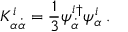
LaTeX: K _ { \alpha \dot { \alpha } } ^ { i } = \frac { 1 } { 3 } \psi _ { \dot { \alpha } } ^ { i \dagger } \psi _ { \alpha } ^ { i } \; .